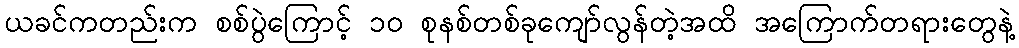
ယခင်ကတည်းက စစ်ပွဲကြောင့် ၁၀ စုနစ်တစ်ခုကျော်လွန်တဲ့အထိ အကြောက်တရားတွေနဲ့